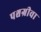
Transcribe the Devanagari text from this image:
पश्चग्रीवा